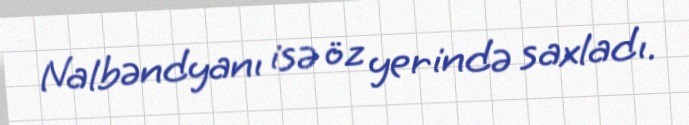
Nalbəndyanı isə öz yerində saxladı.